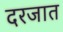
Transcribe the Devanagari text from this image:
दरजात